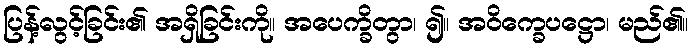
ပြန့်လွင့်ခြင်း၏ အရှိခြင်းကို။ အပေက္ခိတွာ၊ ၍။ အဝိက္ခေပဋ္ဌော၊ မည်၏။